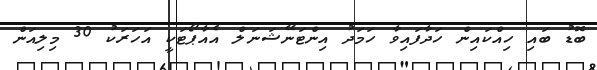
ބޮޑު ބައި ހިއްކައިން ހަދާފައިވާ ހަމަދު އިންޓަނޭޝަނަލް އެއާޕޯޓަކީ އަހަރަކު 30 މިލިއަން